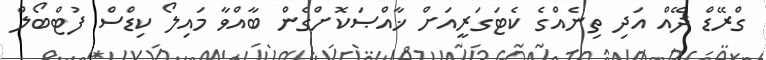
ގްރޭޑް ދޭއް އަދި ތިނެއްގެ ކެޓަގަރީއަށް ޚާއްޞަކޮށްގެން ބާއްވާ މައިލޯ ކިޑްސް ފުޓްބޯލް